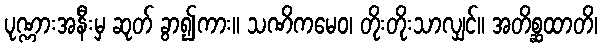
ပုဏ္ဏားအနီးမှ ဆုတ် ခွာ၍ကား။ သဏိကမေဝ၊ တိုးတိုးသာလျှင်။ အတိစ္ဆထာတိ၊